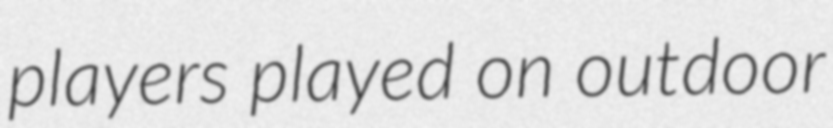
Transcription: players played on outdoor